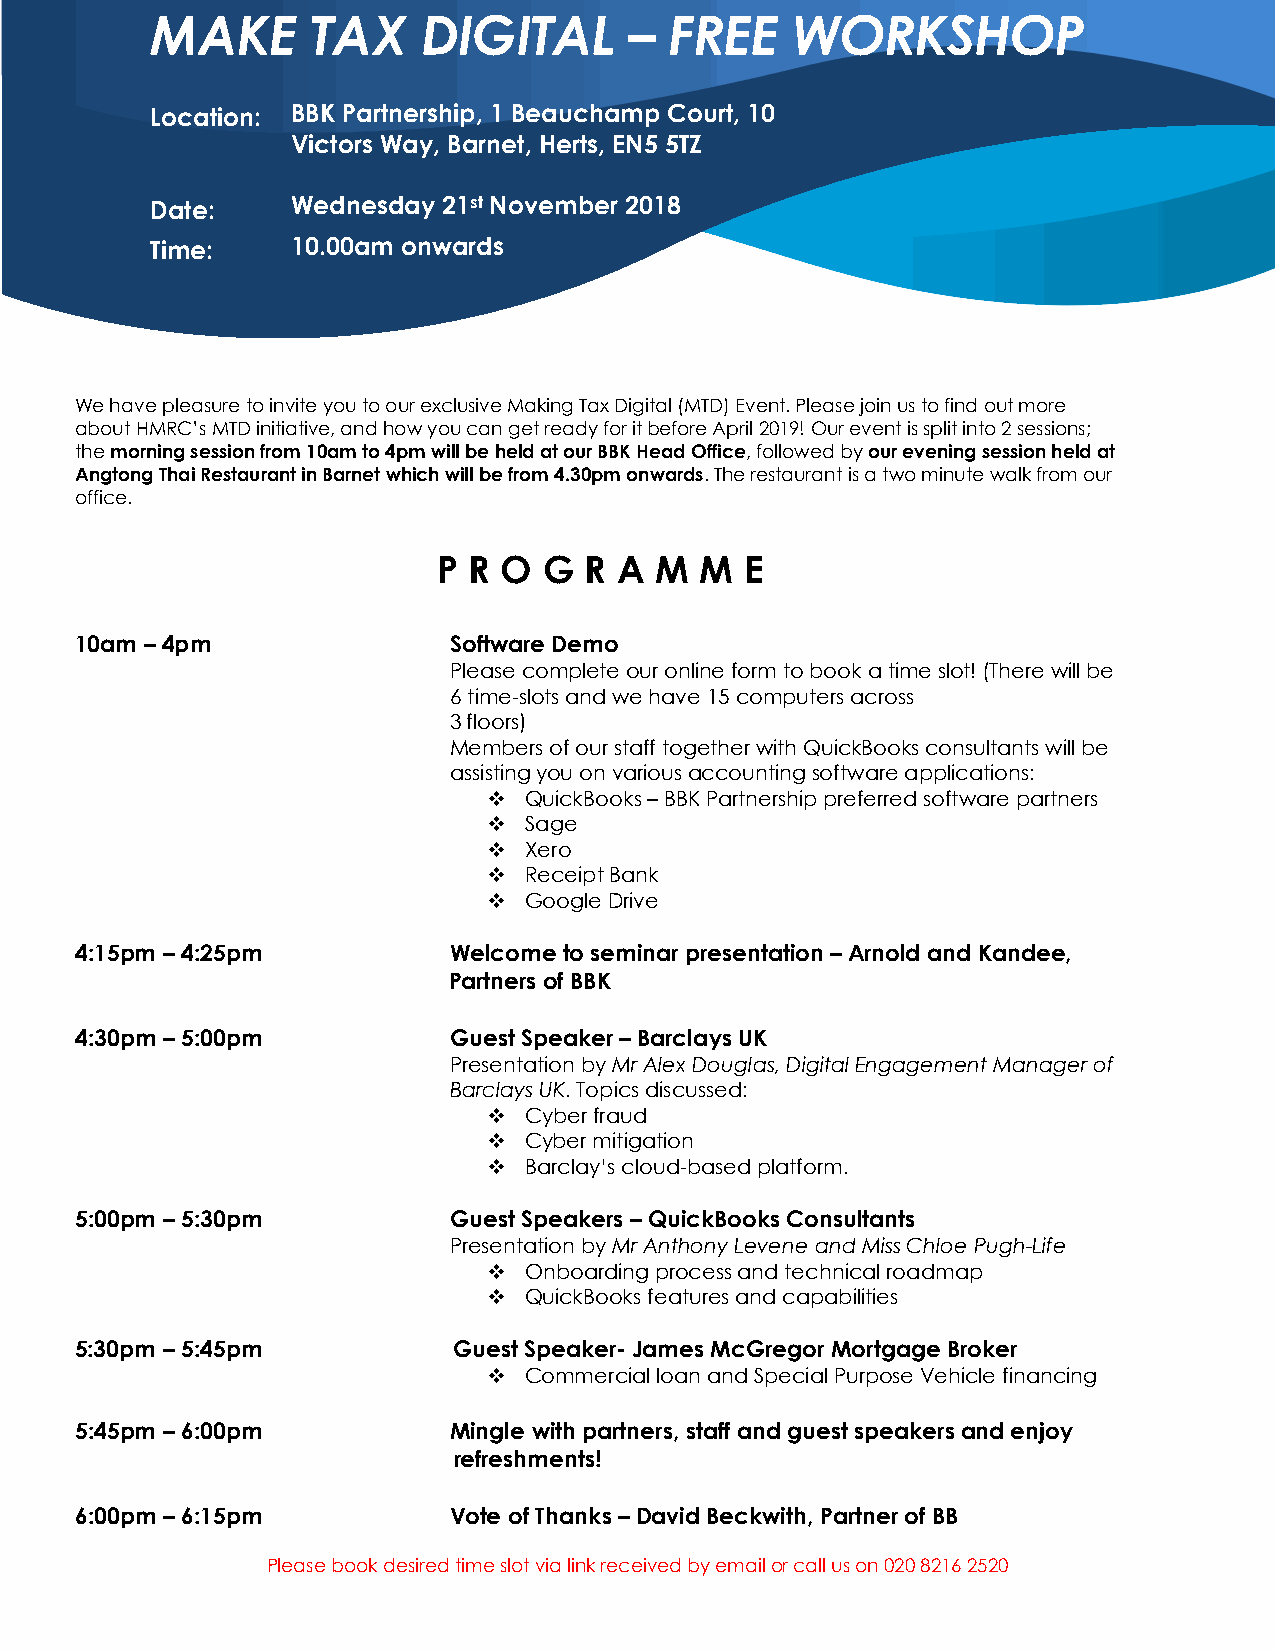
MAKE       TAX    DIGITAL       – FREE    WORKSHOP
 Location: BBK Partnership, 1 Beauchamp Court, 10
 Victors Way, Barnet, Herts, EN5 5TZ
 Date:    Wednesday 21st November 2018
 Time:    10.00am onwards
 We have pleasure to invite you to our exclusive Making Tax Digital (MTD) Event. Please join us to find out more
 about HMRC’s MTD initiative, and how you can get ready for it before April 2019! Our event is split into 2 sessions;
 the morning session from 10am to 4pm will be held at our BBK Head Office, followed by our evening session held at
 Angtong Thai Restaurant in Barnet which will be from 4.30pm onwards. The restaurant is a two minute walk from our
 office.
 P R O  G  R A M  M  E
 10am – 4pm               Software Demo
 Please complete our online form to book a time slot! (There will be
 6 time-slots and we have 15 computers across
 3 floors)
 Members of our staff together with QuickBooks consultants will be
 assisting you on various accounting software applications:
   QuickBooks – BBK Partnership preferred software partners
   Sage
   Xero
   Receipt Bank
   Google Drive
 4:15pm – 4:25pm          Welcome to seminar presentation – Arnold and Kandee,
 Partners of BBK
 4:30pm – 5:00pm          Guest Speaker – Barclays UK
 Presentation by Mr Alex Douglas, Digital Engagement Manager of
 Barclays UK. Topics discussed:
   Cyber fraud
   Cyber mitigation
   Barclay’s cloud-based platform.
 5:00pm – 5:30pm          Guest Speakers – QuickBooks Consultants
 Presentation by Mr Anthony Levene and Miss Chloe Pugh-Life
   Onboarding process and technical roadmap
   QuickBooks features and capabilities
 5:30pm – 5:45pm          Guest Speaker- James McGregor Mortgage Broker
   Commercial loan and Special Purpose Vehicle financing
 5:45pm – 6:00pm          Mingle with partners, staff and guest speakers and enjoy
 refreshments!
 6:00pm – 6:15pm          Vote of Thanks – David Beckwith, Partner of BB
 Please book desired time slot via link received by email or call us on 020 8216 2520